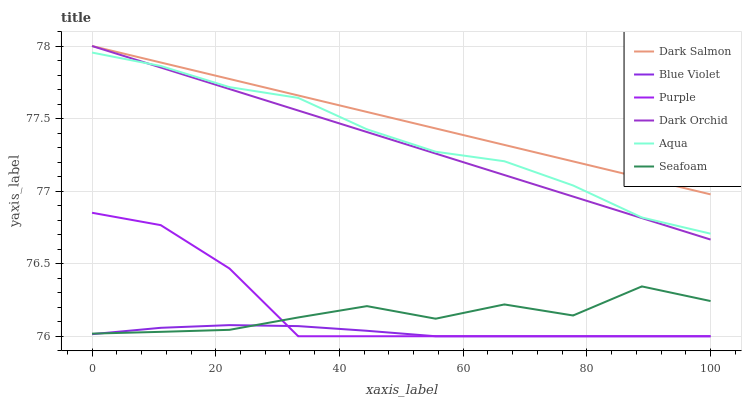
| xaxis_label | Dark Salmon | Blue Violet | Purple | Dark Orchid | Aqua | Seafoam |
 | --- | --- | --- | --- | --- | --- | --- |
 | 0 | 78 | 76 | 76.9 | 78 | 78 | 76 |
 | 11.1 | 77.9 | 76.1 | 76.8 | 77.9 | 77.9 | 76 |
 | 22.2 | 77.8 | 76.1 | 76.5 | 77.7 | 77.7 | 76 |
 | 33.3 | 77.7 | 76.1 | 76 | 77.6 | 77.6 | 76.1 |
 | 44.4 | 77.5 | 76 | 76 | 77.4 | 77.4 | 76.2 |
 | 55.6 | 77.4 | 76 | 76 | 77.3 | 77.3 | 76.1 |
 | 66.7 | 77.3 | 76 | 76 | 77.1 | 77.2 | 76.2 |
 | 77.8 | 77.2 | 76 | 76 | 77 | 77 | 76.1 |
 | 88.9 | 77.1 | 76 | 76 | 76.8 | 76.8 | 76.3 |
 | 100 | 77 | 76 | 76 | 76.7 | 76.7 | 76.2 |